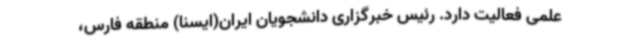
علمی فعالیت دارد. رئیس خبرگزاری دانشجویان ایران(ایسنا) منطقه فارس،‌